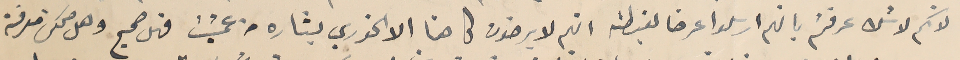
لانكم لا شك عرفتمُ بانهم ارسلوا عرضا لغبطته انهم لا يرضون كاهنا الا الخوري بشاره من عمشت فهل صحيح وهل ممكن معرفة